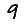
Digit: 9